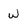
Character: w